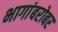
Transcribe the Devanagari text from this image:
भागांबरोबर